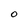
Character: O